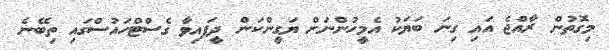
މިގޮތުން ރާއްޖެ އައި ގިނަ ބަޔަކު އެމީހުންނަށް ޔަގީންކަން ދީފައިވާ ގެސްޓްހައުސްގައި ތިބޭނެ